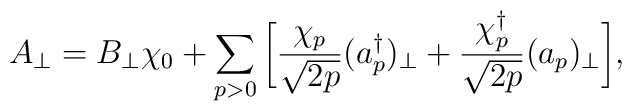
A_\perp = B_\perp\chi_0 + \sum_{p>0}\bigg[\frac{\chi_p}{\sqrt{2p}}(a_p^\dagger)_\perp +\frac{\chi_p^\dagger}{\sqrt{2p}}(a_p)_\perp\bigg],